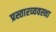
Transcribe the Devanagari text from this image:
प्रस्तारव्यवस्था